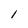
Character: i